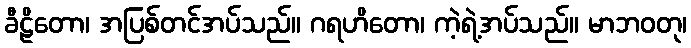
ခီဠိတော၊ အပြစ်တင်အပ်သည်။ ဂရဟိတော၊ ကဲ့ရဲ့အပ်သည်။ မာဘဝတု၊